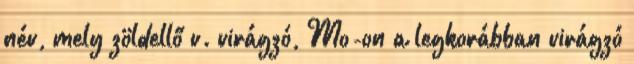
név, mely zöldellő v. virágzó, Mo-on a legkorábban virágzó